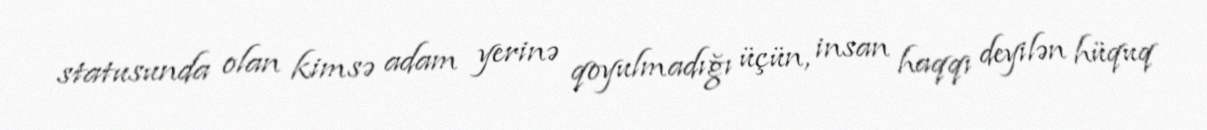
statusunda olan kimsə adam yerinə qoyulmadığı üçün, insan haqqı deyilən hüquq